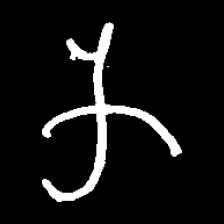
Pyu character \u2014 Myanmar letter: က (romanized: ka)